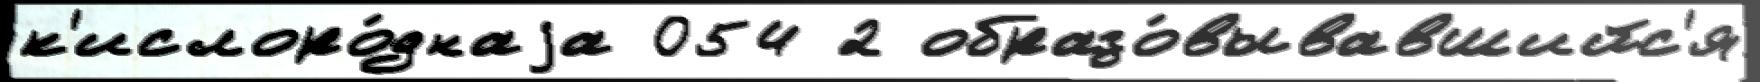
к'ислоро́днаjа 054 2 образо́вывавшийс'я